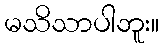
မသိသာပါဘူး။